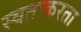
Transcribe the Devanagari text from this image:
स्वतःकरता